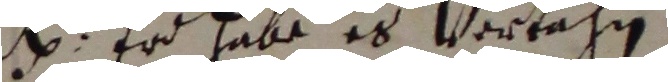
et. Er habe es vertahn.